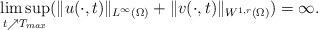
LaTeX: \begin{align*} \limsup_{t\nearrow T_{max}}(\lVert u (\cdot,t)\rVert_{L^\infty(\Omega)}+\lVert v (\cdot,t)\rVert_{W^{1,r}(\Omega)})=\infty.\end{align*}